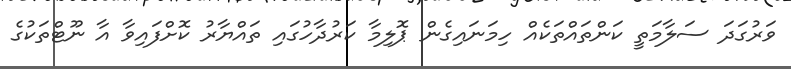
ވަރުގަދަ ސަލާމަތީ ކަންތައްތަކެއް ހިމަނައިގެން ޕޮލިމާ ކަރުދާހުގައި ތައްޔާރު ކޮށްފައިވާ އާ ނޫޓްތަކުގެ